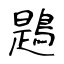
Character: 鶗